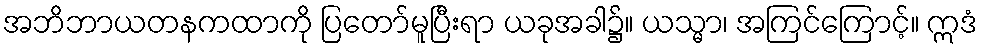
အဘိဘာယတနကထာကို ပြတော်မူပြီးရာ ယခုအခါ၌။ ယသ္မာ၊ အကြင်ကြောင့်။ ဣဒံ